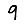
Digit: 9